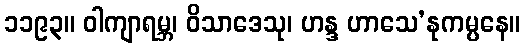
၁၁၉၃။ ဝါကျာရမ္ဘ၊ ဝိသာဒေသု၊ ဟန္ဒ ဟာသေ’နုကမ္ပနေ။